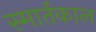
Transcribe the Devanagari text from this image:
स्मार्तकाल